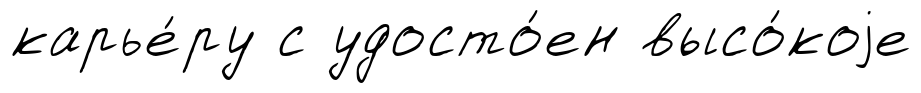
карье́ру с удосто́ен высо́коjе